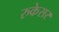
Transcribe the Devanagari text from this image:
रुकेसर